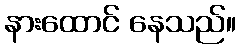
နားထောင် နေသည်။